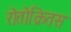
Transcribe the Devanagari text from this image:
रोतोक्रितस